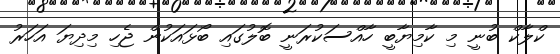
ކްލާކް ބުނީ މި ކާމިޔާބީ ހާއްސަކުރަނީ ބޮލުގައި ބޯޅައަކުން ޖެހި މިދިޔަ އަހަރު